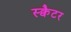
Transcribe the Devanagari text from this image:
स्क्वैटर